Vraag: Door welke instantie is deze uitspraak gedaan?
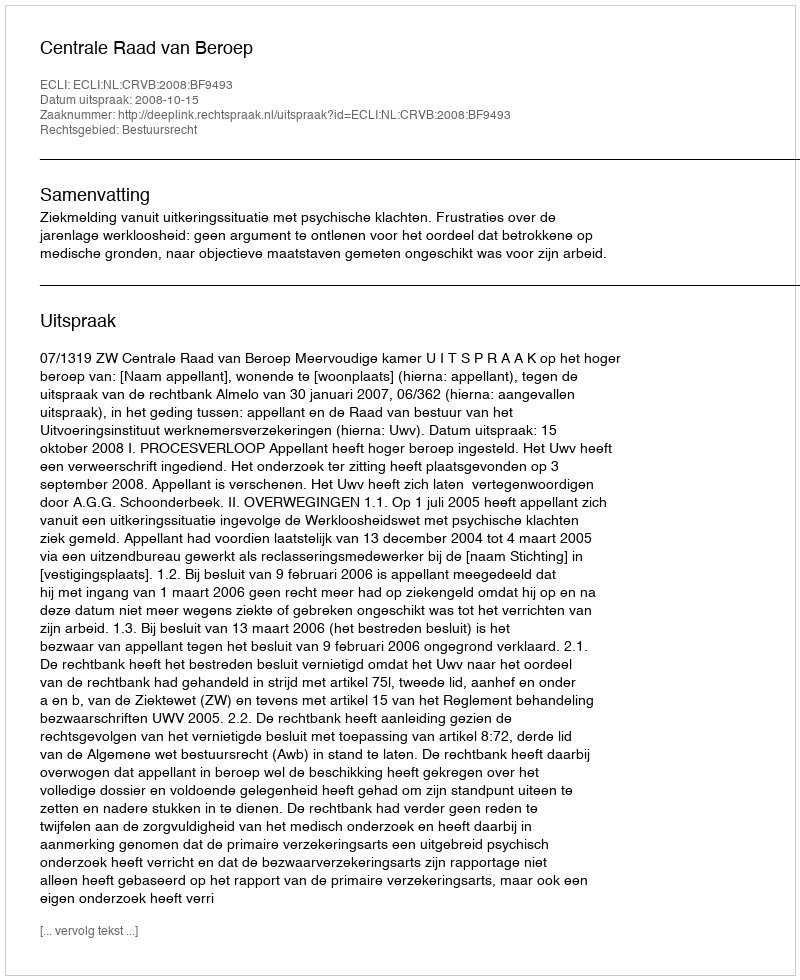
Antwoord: Centrale Raad van Beroep